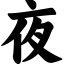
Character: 夜